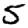
Digit: 5